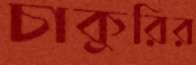
চাকুরির